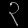
Digit: ၃